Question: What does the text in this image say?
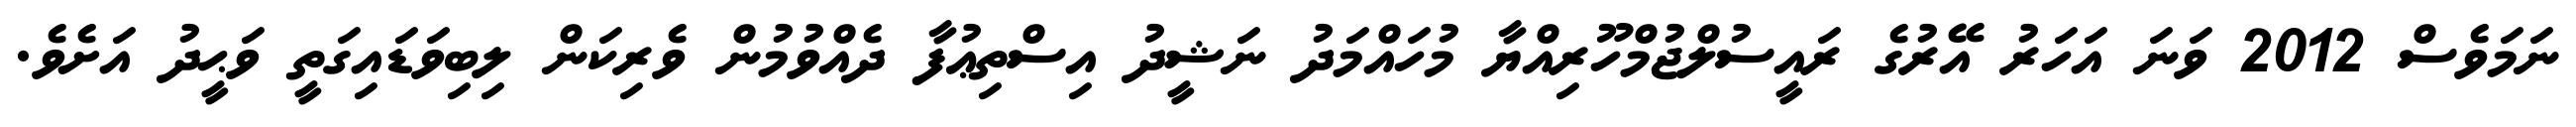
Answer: ނަމަވެސް 2012 ވަނަ އަހަރު އޭރުގެ ރައީސުލްޖުމްހޫރިއްޔާ މުހައްމަދު ނަޝީދު އިސްތިޢުފާ ދެއްވުމުން ވެރިކަން ލިބިވަޑައިގަތީ ވަޙީދު އަށެވެ.